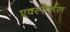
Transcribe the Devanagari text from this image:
एक्स्तेर्नल